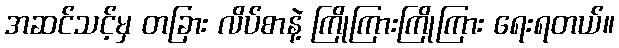
အဆင်သင့်မှ တခြား လိပ်စာနဲ့ ကြိုကြားကြိုကြား ရေးရတယ်။